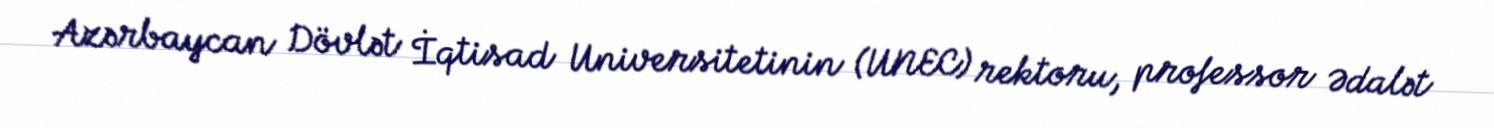
Azərbaycan Dövlət İqtisad Universitetinin (UNEC) rektoru, professor Ədalət